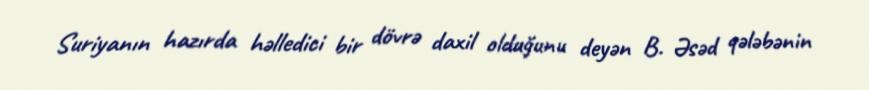
Suriyanın hazırda həlledici bir dövrə daxil olduğunu deyən B. Əsəd qələbənin